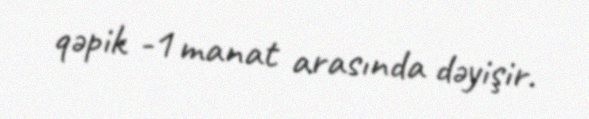
qəpik -1 manat arasında dəyişir.